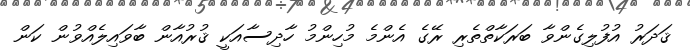
ޤަދަރު އުފުލިގެންވާ ބަރަކާތްތެރި ރޭގެ އެންމެ މުހިންމު ހާދިސާއަކީ ޤުރުއާން ބާވައިލެއްވުން ކަން